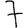
Digit: 7